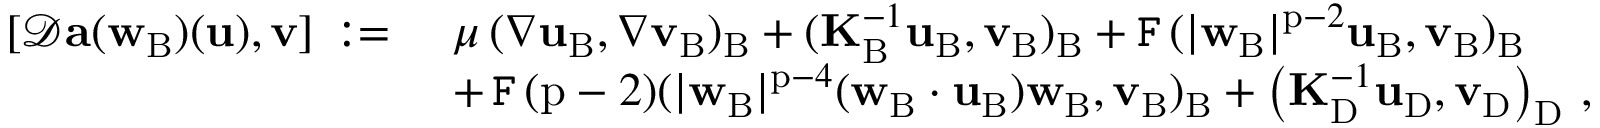
\begin{array} { r l } { [ \mathcal { D } \mathbf { a } ( { \mathbf { w } } _ { \mathrm { B } } ) ( \mathbf { u } ) , { \mathbf { v } } ] \, : = \, \, } & { \mu \, ( \nabla \mathbf { u } _ { \mathrm { B } } , \nabla { \mathbf { v } } _ { \mathrm { B } } ) _ { \mathrm { B } } + ( \mathbf { K } _ { \mathrm { B } } ^ { - 1 } \mathbf { u } _ { \mathrm { B } } , { \mathbf { v } } _ { \mathrm { B } } ) _ { \mathrm { B } } + \mathtt { F } \, ( | { \mathbf { w } } _ { \mathrm { B } } | ^ { \mathrm { p } - 2 } \mathbf { u } _ { \mathrm { B } } , { \mathbf { v } } _ { \mathrm { B } } ) _ { \mathrm { B } } } \\ & { + \, \mathtt { F } \, ( \mathrm { p } - 2 ) ( | { \mathbf { w } } _ { \mathrm { B } } | ^ { \mathrm { p } - 4 } ( { \mathbf { w } } _ { \mathrm { B } } \cdot \mathbf { u } _ { \mathrm { B } } ) { \mathbf { w } } _ { \mathrm { B } } , { \mathbf { v } } _ { \mathrm { B } } ) _ { \mathrm { B } } + \left( \mathbf { K } _ { \mathrm { D } } ^ { - 1 } \mathbf { u } _ { \mathrm { D } } , { \mathbf { v } } _ { \mathrm { D } } \right) _ { \mathrm { D } } \, , } \end{array}